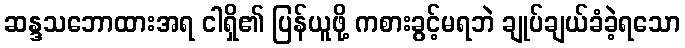
ဆန္ဒသဘောထားအရ ငါရှိ၏ ပြန်ယူဖို့ ကစားခွင့်မရဘဲ ချုပ်ချယ်ခံခဲ့ရသော